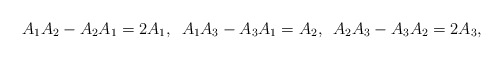
\begin{align*}A_{1}A_{2}-A_{2}A_{1}=2A_{1},\,\,\, A_{1}A_{3}-A_{3}A_{1}=A_{2},\,\,\, A_{2}A_{3}-A_{3}A_{2}=2A_{3},\end{align*}